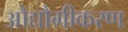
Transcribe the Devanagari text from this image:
औद्यौगीकरण